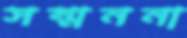
সম্মননা